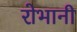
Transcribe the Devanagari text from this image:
रोभानी